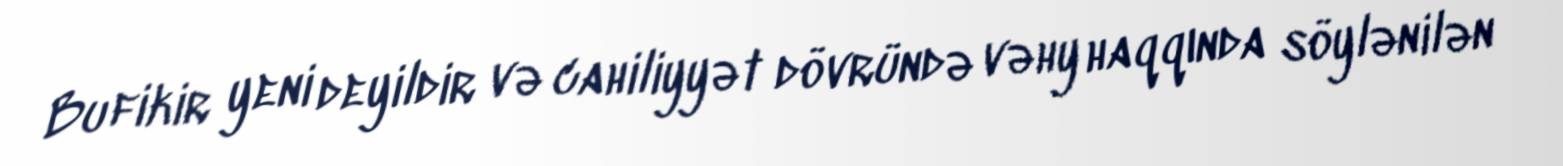
Bu fikir yeni deyildir və cahiliyyət dövründə vəhy haqqında söylənilən